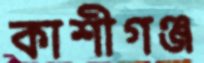
কাশীগঞ্জ